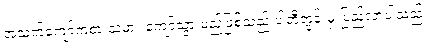
အသက်ကျော်ကစားသမား ကျော်သွားမည်ဖြစ်သည် ပါတီတွင်းမှ ပြည့်လာပါသည်